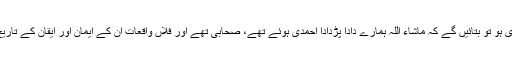
یعنی اگر اُن سے پوچھو کہ تم احمدی ہو تو بتائیں گے کہ ماشاء اللہ ہمارے دادا پڑدادا احمدی ہوئے تھے، صحابی تھے اور فلاں واقعات اُن کے ایمان اور ایقان کے تاریخ احمدیت اور صحابہ میں درج ہیں۔